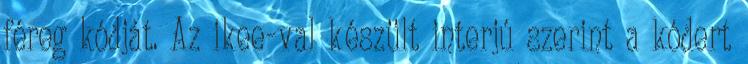
féreg kódját. Az ikee-val készült interjú szerint a kódert